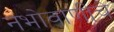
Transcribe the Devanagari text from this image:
नभोवाणीचे